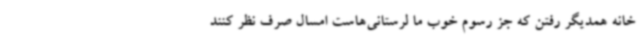
خانه همدیگر رفتن که جز رسوم خوب ما لرستانی‌هاست امسال صرف نظر کنند